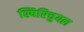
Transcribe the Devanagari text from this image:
स्पिरिचुयल